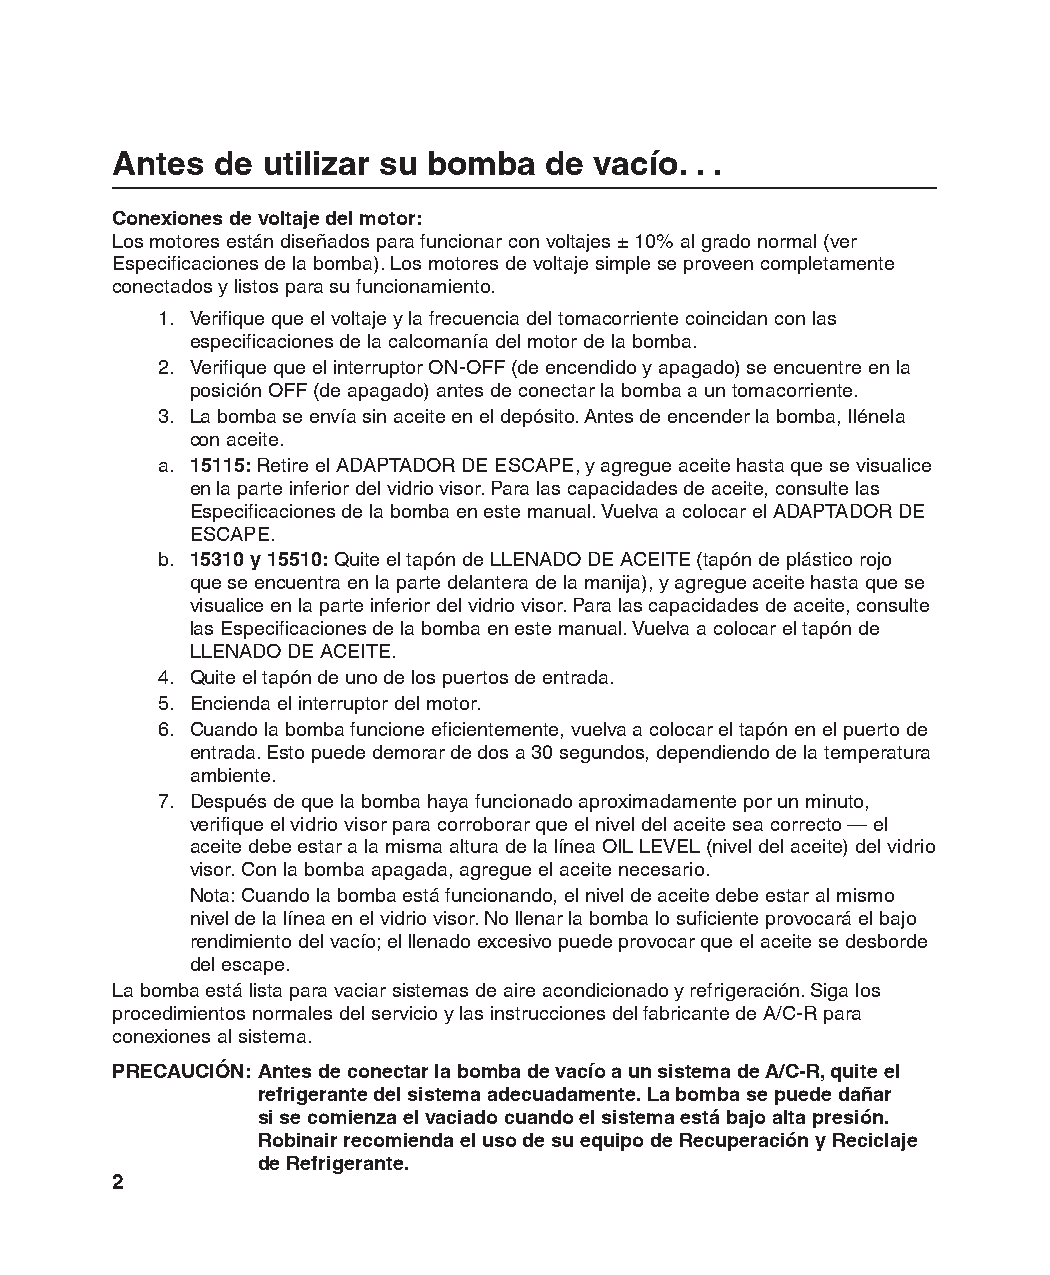
Antes  de utilizar su bomba  de vacío. . .
 Conexiones de voltaje del motor:
 Los motores están diseñados para funcionar con voltajes ± 10% al grado normal (ver
 Especificaciones de la bomba). Los motores de voltaje simple se proveen completamente
 conectados y listos para su funcionamiento.
 1. Verifique que el voltaje y la frecuencia del tomacorriente coincidan con las
 especificaciones de la calcomanía del motor de la bomba.
 2. Verifique que el interruptor ON-OFF (de encendido y apagado) se encuentre en la
 posición OFF (de apagado) antes de conectar la bomba a un tomacorriente.
 3. La bomba se envía sin aceite en el depósito. Antes de encender la bomba, llénela
 con aceite.
 a. 15115: Retire el ADAPTADOR DE ESCAPE, y agregue aceite hasta que se visualice
 en la parte inferior del vidrio visor. Para las capacidades de aceite, consulte las
 Especificaciones de la bomba en este manual. Vuelva a colocar el ADAPTADOR DE
 ESCAPE.
 b. 15310 y 15510: Quite el tapón de LLENADO DE ACEITE (tapón de plástico rojo
 que se encuentra en la parte delantera de la manija), y agregue aceite hasta que se
 visualice en la parte inferior del vidrio visor. Para las capacidades de aceite, consulte
 las Especificaciones de la bomba en este manual. Vuelva a colocar el tapón de
 LLENADO DE ACEITE.
 4. Quite el tapón de uno de los puertos de entrada.
 5. Encienda el interruptor del motor.
 6. Cuando la bomba funcione eficientemente, vuelva a colocar el tapón en el puerto de
 entrada. Esto puede demorar de dos a 30 segundos, dependiendo de la temperatura
 ambiente.
 7. Después de que la bomba haya funcionado aproximadamente por un minuto,
 verifique el vidrio visor para corroborar que el nivel del aceite sea correcto — el
 aceite debe estar a la misma altura de la línea OIL LEVEL (nivel del aceite) del vidrio
 visor. Con la bomba apagada, agregue el aceite necesario.
 Nota: Cuando la bomba está funcionando, el nivel de aceite debe estar al mismo
 nivel de la línea en el vidrio visor. No llenar la bomba lo suficiente provocará el bajo
 rendimiento del vacío; el llenado excesivo puede provocar que el aceite se desborde
 del escape.
 La bomba está lista para vaciar sistemas de aire acondicionado y refrigeración. Siga los
 procedimientos normales del servicio y las instrucciones del fabricante de A/C-R para
 conexiones al sistema.
 PRECAUCIÓN: Antes de conectar la bomba de vacío a un sistema de A/C-R, quite el
 refrigerante del sistema adecuadamente. La bomba se puede dañar
 si se comienza el vaciado cuando el sistema está bajo alta presión.
 Robinair recomienda el uso de su equipo de Recuperación y Reciclaje
 de Refrigerante.
 2